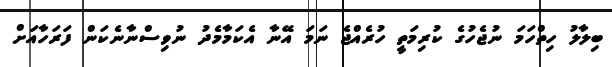
ބިލާލު ހިތްހަމަ ނުޖެހުގެ ކުރިމަތީ ހުރެއްޖެ ނަމަ އޭނާ އެކަމާމެދު ނުވިސްނާނެކަން ފަރަހާއަށް